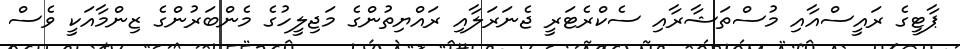
ޕާޓީގެ ރައީސްއާއި މުސްތަޝާރާއި ސެކްރެޓަރީ ޖެނަރަލާއި ރައްޔިތުންގެ މަޖިލީހުގެ މެންބަރުންގެ ޒިންމާއަކީ ވެސް